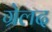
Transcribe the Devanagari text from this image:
ग्रेलद